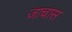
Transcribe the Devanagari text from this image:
जाचास